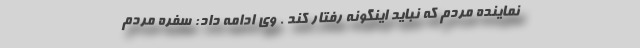
نماینده مردم که نباید اینگونه رفتار کند . وی ادامه داد: سفره مردم